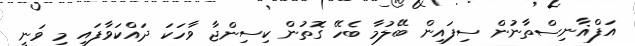
އަފްޣާނިސްތާނުން ސިފައިން ބޭލުމާ ބެހޭ ގޮތުން ކިސިންޖާ ވާހަކަ ދައްކަވާފައި މި ވަނީ